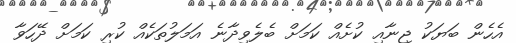
އެހެން ބަޔަކު ޖިނާއި ކުށެއް ކަމަށް ބެލެވިދާނެ އަމަލުތަކެއް ކުރި ކަމަށް ދޭހަވާ